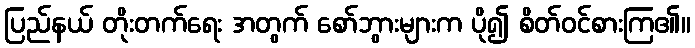
ပြည်နယ် တိုးတက်ရေး အတွက် စော်ဘွားများက ပို၍ စိတ်ဝင်စားကြ၏။